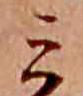
ミ